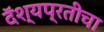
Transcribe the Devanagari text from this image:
दॅश्यप्रतीचा